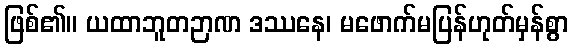
ဖြစ်၏။ ယထာဘူတဉာဏ ဒဿနေ၊ မဖောက်မပြန်ဟုတ်မှန်စွာ